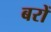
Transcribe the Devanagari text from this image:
बरों